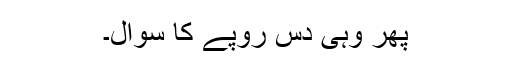
پھر وہی دس روپے کا سوال۔